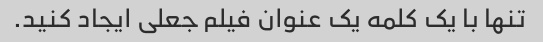
تنها با یک کلمه یک عنوان فیلم جعلی ایجاد کنید.